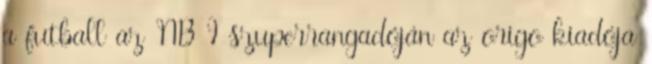
a futball az NB I szuperrangadóján az origo kiadója